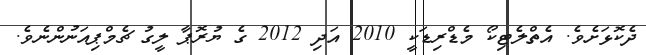
ދެކޮޅަށެވެ. އެތްލެޓިކޯ މެޑްރިޑަކީ 2010 އަދި 2012 ގެ ޔުރޮޕާ ލީގު ޗެމްޕިއަނުންނެވެ.